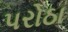
પરોઠા